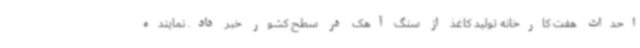
احداث هفت کارخانه تولید کاغذ از سنگ آهک در سطح کشور خبر داد. نماینده